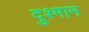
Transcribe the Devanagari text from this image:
दुश्मान